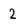
Character: 2